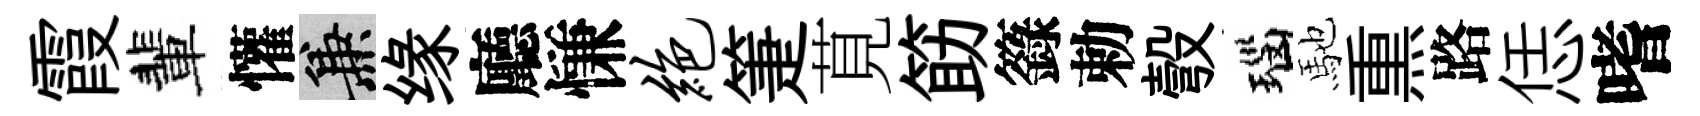
霞輩懽兼缘廳慊绝箑莧筯籙勅彀瑙馳𤋱路恁嗜